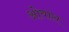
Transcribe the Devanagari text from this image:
ओवांस